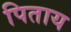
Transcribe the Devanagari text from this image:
पिताय